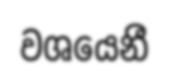
වශයෙනී